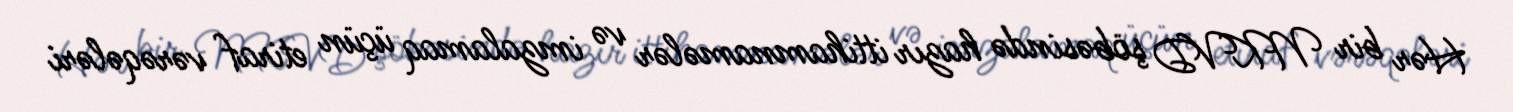
Hər bir NKVD şöbəsində hazır ittihamnamələr və imzalamaq üçün etiraf vərəqələri